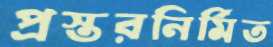
প্রস্তরনির্মিত